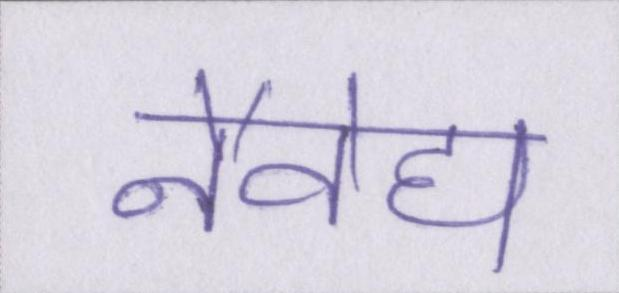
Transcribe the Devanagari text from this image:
नैवेद्य